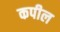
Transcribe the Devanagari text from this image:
कपील